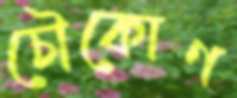
চৌকোণ